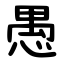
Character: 愚